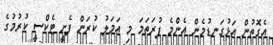
އެގޮތުން އަޅުގަނޑުމެން އެންމެ ފުރަތަމަ މި އަމަލު ކުރަން ފެށީ ޓެކްސީ ކުރުމުގެ